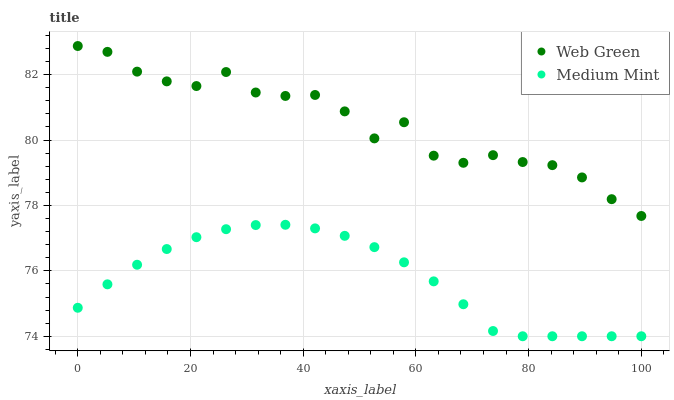
| xaxis_label | Web Green | Medium Mint |
 | --- | --- | --- |
 | 0 | 82.9 | 74.9 |
 | 5.26 | 82.7 | 75.6 |
 | 10.5 | 82.1 | 76.2 |
 | 15.8 | 81.8 | 76.7 |
 | 21.1 | 81.6 | 77 |
 | 26.3 | 82.1 | 77.3 |
 | 31.6 | 81.5 | 77.4 |
 | 36.8 | 81.3 | 77.4 |
 | 42.1 | 81.4 | 77.3 |
 | 47.4 | 80.9 | 77.1 |
 | 52.6 | 80 | 76.7 |
 | 57.9 | 80.5 | 76.3 |
 | 63.2 | 79.5 | 75.7 |
 | 68.4 | 79.3 | 75 |
 | 73.7 | 79.5 | 74.2 |
 | 78.9 | 79.3 | 74 |
 | 84.2 | 79.2 | 74 |
 | 89.5 | 78.9 | 74 |
 | 94.7 | 78.2 | 74 |
 | 100 | 77.7 | 74 |